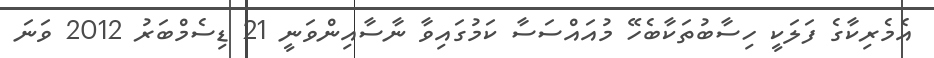
އެމެރިކާގެ ފަލަކީ ހިސާބުތަކާބެހޭ މުއައްސަސާ ކަމުގައިވާ ނާސާއިންވަނީ 21 ޑިސެމްބަރު 2012 ވަނަ